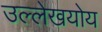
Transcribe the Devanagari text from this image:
उल्लेखयोय